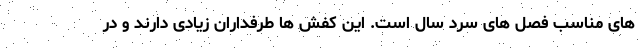
های مناسب فصل های سرد سال است. این کفش ها طرفداران زیادی دارند و در